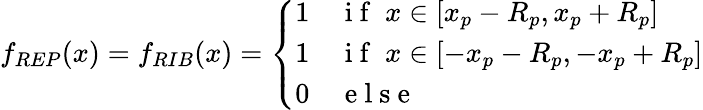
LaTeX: f_{REP}(x)=f_{RIB}(x)=\left\{ \begin{array}{ll}{1}&{\mathrm{~i~f~}\; x\in[x_{p}-R_{p},x_{p}+R_{p}]}\\ {1}&{\mathrm{~i~f~}\; x\in[-x_{p}-R_{p},-x_{p}+R_{p}]}\\ {0}&{\mathrm{~e~l~s~e~}}\end{array}\right.